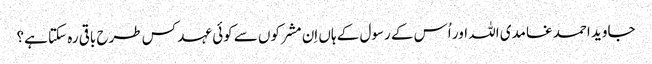
جاوید احمد غامدی اللہ اور اُس کے رسول کے ہاں اِن مشرکوں سے کوئی عہد کس طرح باقی رہ سکتا ہے؟